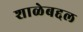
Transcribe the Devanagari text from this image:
शाळेबद्दल